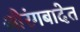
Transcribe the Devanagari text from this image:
औरंगबादेत